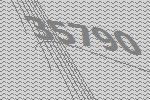
35790